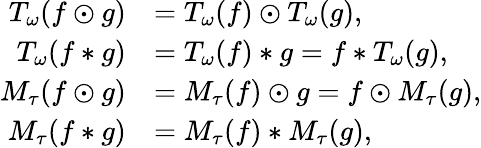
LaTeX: \begin{array}{rl}{T_{\omega}(f\odot g)}&{=T_{\omega}(f)\odot T_{\omega}(g),}\\ {T_{\omega}(f*g)}&{=T_{\omega}(f)*g=f*T_{\omega}(g),}\\ {M_{\tau}(f\odot g)}&{=M_{\tau}(f)\odot g=f\odot M_{\tau}(g),}\\ {M_{\tau}(f*g)}&{=M_{\tau}(f)*M_{\tau}(g),}\end{array}